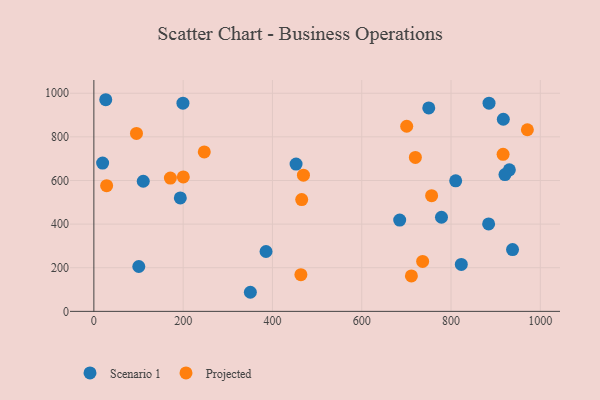
{"axis": {"x": "Engine Size", "y": "Sales"}, "legend": ["Projected", "Scenario 1"], "data": [{"x": "193.6", "y": 519.8, "type": "Scenario 1"}, {"x": "350.5", "y": 87.5, "type": "Scenario 1"}, {"x": "930.6", "y": 648.9, "type": "Scenario 1"}, {"x": "385.6", "y": 274.5, "type": "Scenario 1"}, {"x": "937.8", "y": 283.1, "type": "Scenario 1"}, {"x": "884.2", "y": 400.9, "type": "Scenario 1"}, {"x": "778.6", "y": 431.5, "type": "Scenario 1"}, {"x": "810.4", "y": 598.4, "type": "Scenario 1"}, {"x": "685.0", "y": 418.6, "type": "Scenario 1"}, {"x": "452.9", "y": 675.1, "type": "Scenario 1"}, {"x": "920.8", "y": 627.1, "type": "Scenario 1"}, {"x": "917.1", "y": 880.8, "type": "Scenario 1"}, {"x": "19.6", "y": 679.9, "type": "Scenario 1"}, {"x": "110.6", "y": 596.5, "type": "Scenario 1"}, {"x": "26.6", "y": 970.2, "type": "Scenario 1"}, {"x": "100.6", "y": 205.6, "type": "Scenario 1"}, {"x": "750.1", "y": 932.8, "type": "Scenario 1"}, {"x": "199.5", "y": 954.5, "type": "Scenario 1"}, {"x": "823.0", "y": 215.0, "type": "Scenario 1"}, {"x": "885.1", "y": 954.6, "type": "Scenario 1"}, {"x": "247.3", "y": 730.8, "type": "Projected"}, {"x": "736.4", "y": 229.1, "type": "Projected"}, {"x": "463.7", "y": 168.2, "type": "Projected"}, {"x": "469.4", "y": 624.5, "type": "Projected"}, {"x": "200.3", "y": 616.4, "type": "Projected"}, {"x": "916.6", "y": 720.0, "type": "Projected"}, {"x": "171.4", "y": 611.1, "type": "Projected"}, {"x": "465.5", "y": 512.5, "type": "Projected"}, {"x": "720.1", "y": 705.9, "type": "Projected"}, {"x": "95.4", "y": 815.6, "type": "Projected"}, {"x": "700.7", "y": 848.6, "type": "Projected"}, {"x": "971.0", "y": 832.5, "type": "Projected"}, {"x": "28.6", "y": 576.3, "type": "Projected"}, {"x": "711.2", "y": 162.5, "type": "Projected"}, {"x": "756.5", "y": 530.5, "type": "Projected"}]}